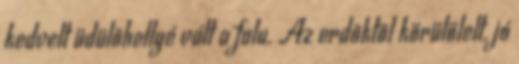
kedvelt üdülõhellyé vált a falu. Az erdõktõl körülölelt, jó